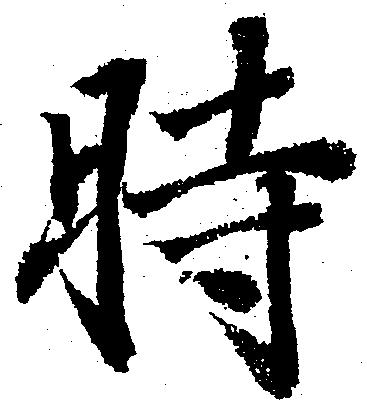
時